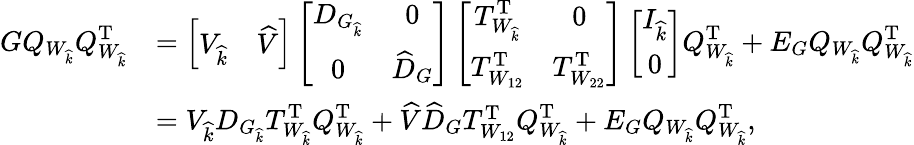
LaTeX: \begin{array}{rl}{GQ_{W_{\widehat{k}}}Q_{W_{\widehat{k}}}^{\mathrm{T}}}&{=\left[\begin{array}{ll}{V_{\widehat{k}}}&{\widehat{V}}\end{array}\right]\left[\begin{array}{cc}{D_{G_{\widehat{k}}}}&{0}\\ {0}&{\widehat{D}_{G}}\end{array}\right]\left[\begin{array}{cc}{T_{W_{\widehat{k}}}^{\mathrm{T}}}&{0}\\ {T_{W_{12}}^{\mathrm{T}}}&{T_{W_{22}}^{\mathrm{T}}}\end{array}\right]\left[\begin{array}{c}{I_{\widehat{k}}}\\ {0}\end{array}\right]Q_{W_{\widehat{k}}}^{\mathrm{T}}+E_{G}Q_{W_{\widehat{k}}}Q_{W_{\widehat{k}}}^{\mathrm{T}}}\\ &{=V_{\widehat{k}}D_{G_{\widehat{k}}}T_{W_{\widehat{k}}}^{\mathrm{T}}Q_{W_{\widehat{k}}}^{\mathrm{T}}+\widehat{V}\widehat{D}_{G}T_{W_{12}}^{\mathrm{T}}Q_{W_{\widehat{k}}}^{\mathrm{T}}+E_{G}Q_{W_{\widehat{k}}}Q_{W_{\widehat{k}}}^{\mathrm{T}},}\end{array}